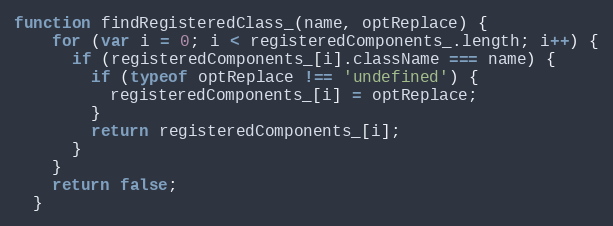
Language: JavaScript
function findRegisteredClass_(name, optReplace) {
    for (var i = 0; i < registeredComponents_.length; i++) {
      if (registeredComponents_[i].className === name) {
        if (typeof optReplace !== 'undefined') {
          registeredComponents_[i] = optReplace;
        }
        return registeredComponents_[i];
      }
    }
    return false;
  }